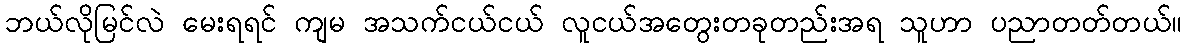
ဘယ်လိုမြင်လဲ မေးရရင် ကျမ အသက်ငယ်ငယ် လူငယ်အတွေးတခုတည်းအရ သူဟာ ပညာတတ်တယ်။